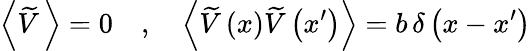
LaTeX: \left\langle\widetilde{V}\, \right\rangle=0\quad,\quad\left\langle\widetilde{V}\left(x\right)\widetilde{V}\left(x^{\prime}\right)\right\rangle=b\, \delta\left(x-x^{\prime}\right)